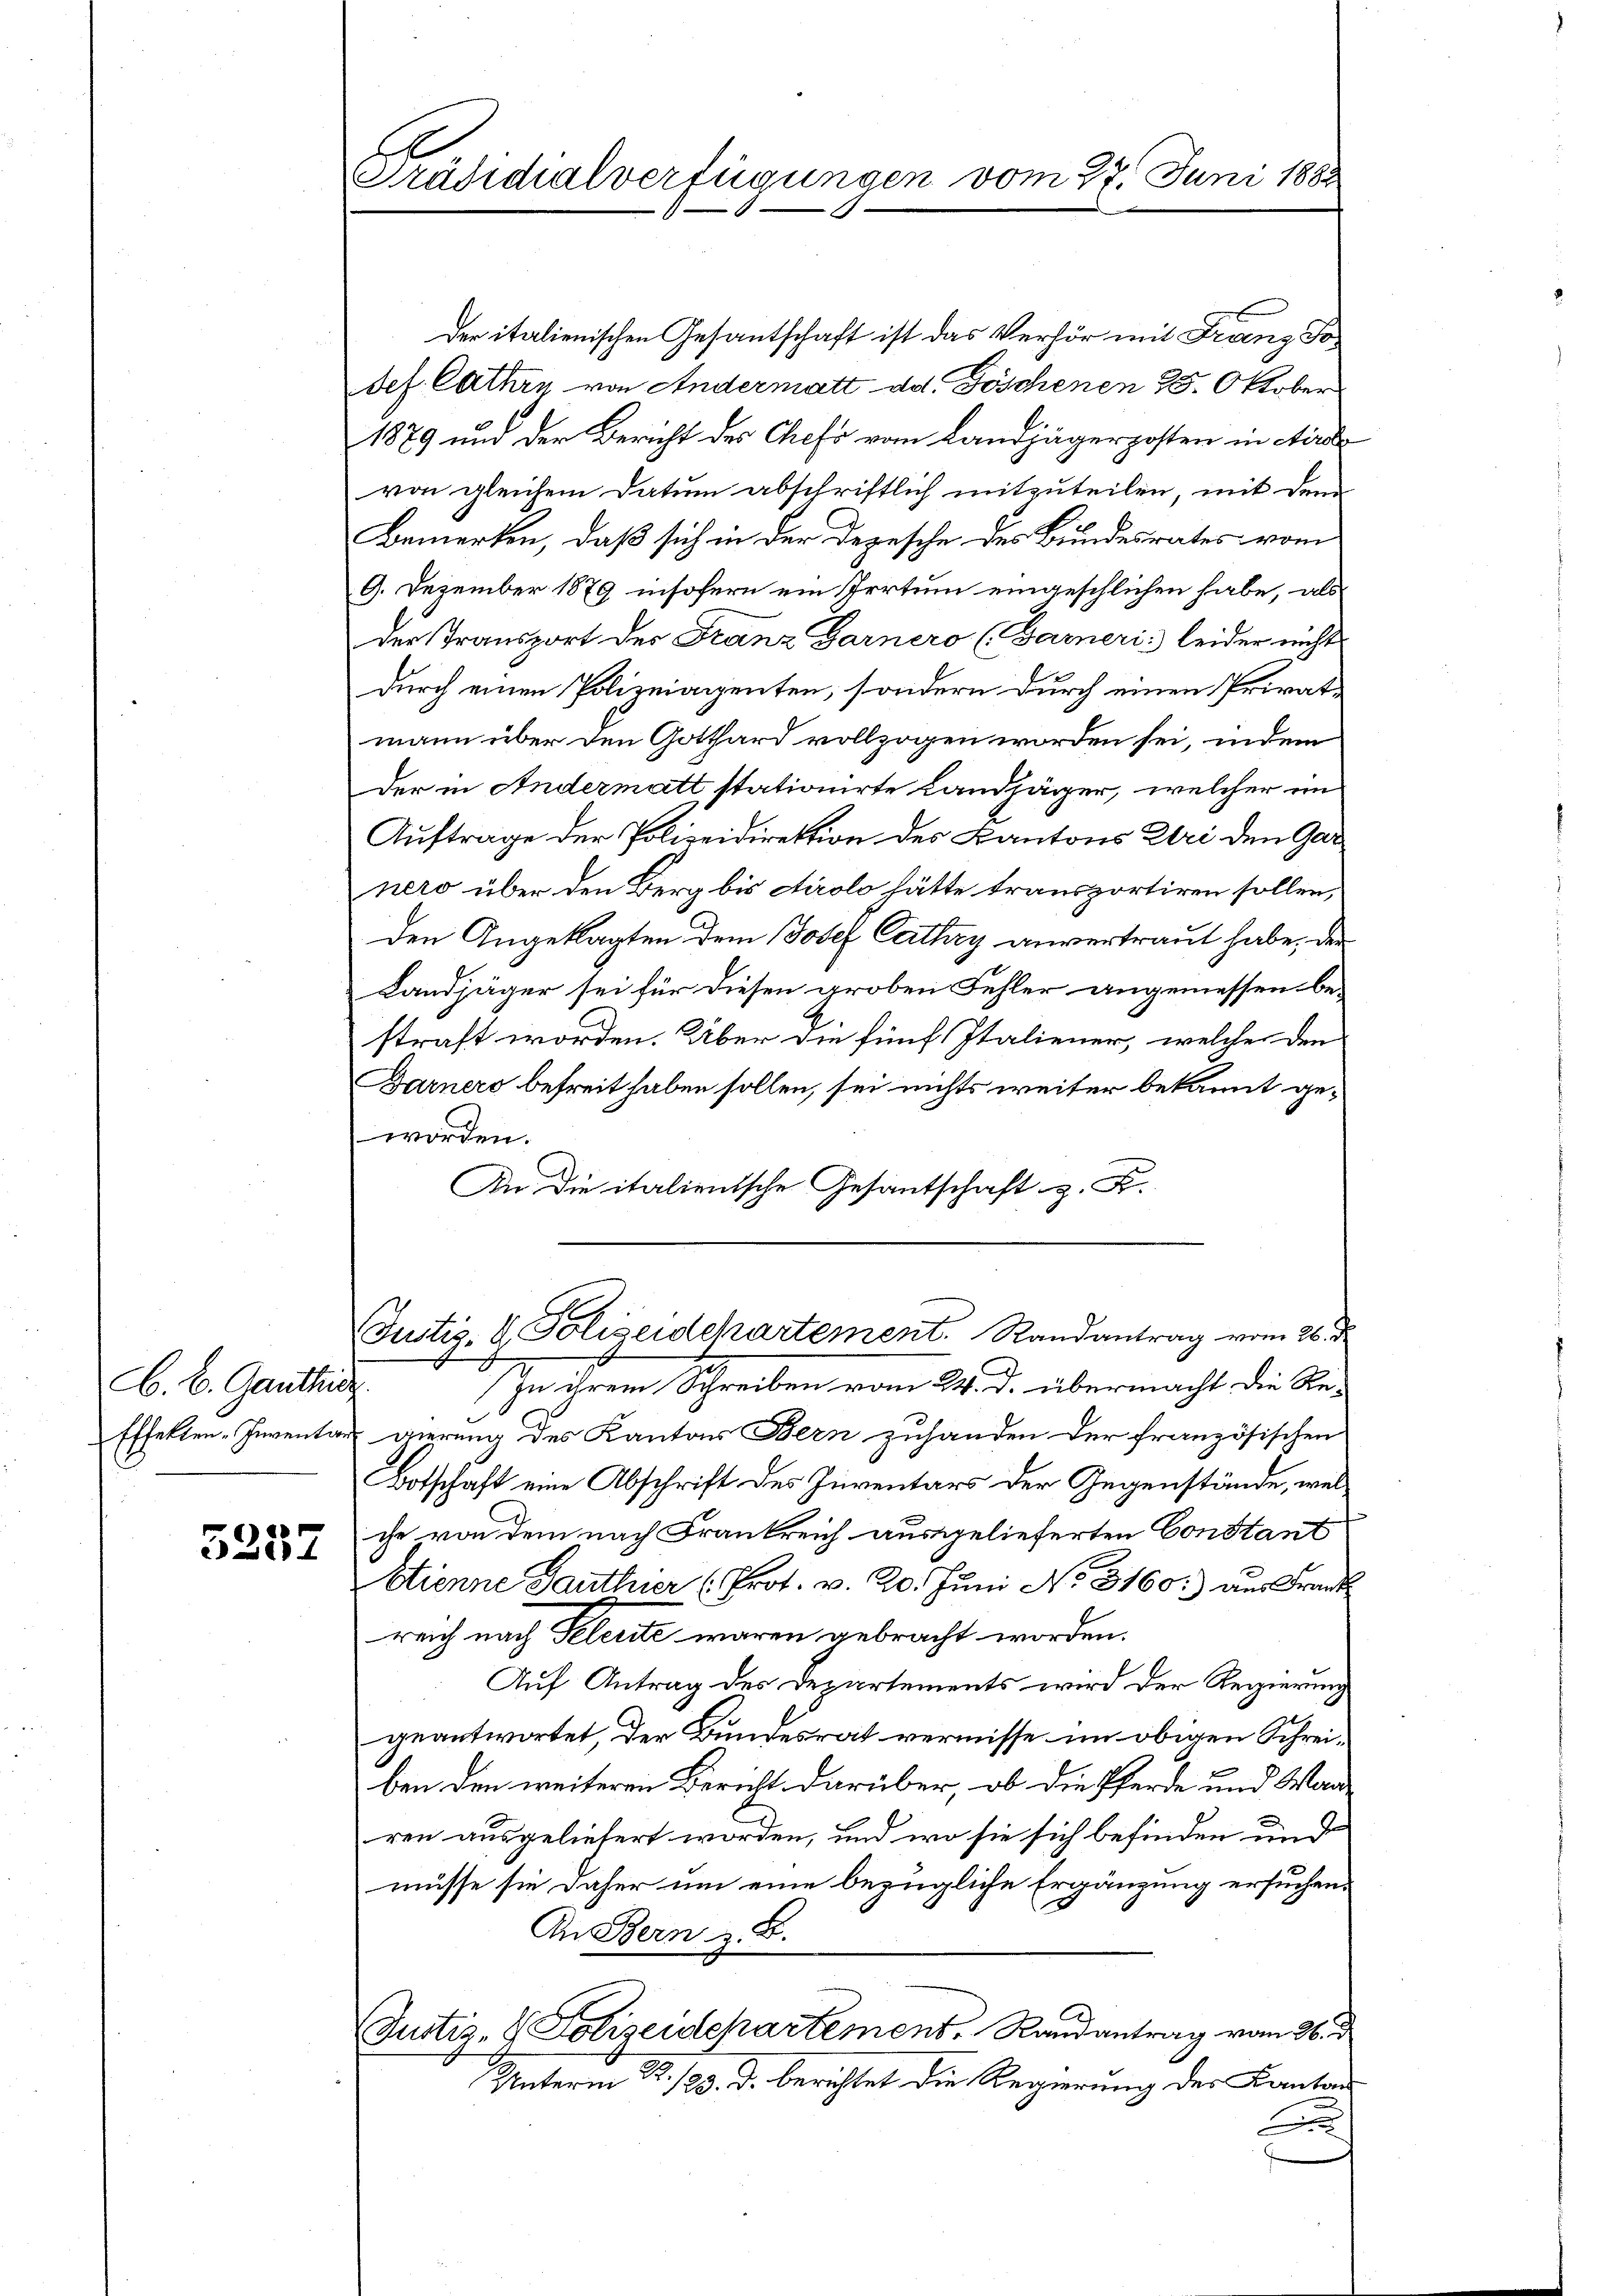
A. B. Ganthie

5257

der italienischen Gesantschaft ist das Verhör mit Franz Jodef Cathen von Andermatt ad. Göschenen 25. Oktober
1879 und der Bericht des Chefs vom Landjägerposten in Airol
von gleichem Datum abschriftlich mitzuteilen, mit dem
Bemerken, daß sich in der Depesche des Bundesrates vom
9. Dezember 1879 insofern ein Irrtum eingeschlichen habe, als
der Transport der Franz Garnero (Garneris leider nicht
durch einen Polizeiangenten, sondern durch einen Privatmann über den Gotthard vollzogen worden sei, indem
Der in Andermatt stationirte Landjäger, welcher in
Auftrage der Polizeidirektion des Kantons Uri den Gar
nero über den Berg bis Airolo hätte transportiren sollen,
den Angeklagten dem Josef Parthey anvertraut habe, der
Landjäger sei für diesen groben Fehler angemessen bestraft worden. Über die fünf Italiener, welche den
Darnero befreit haben sollen, sei nichts weiter bekannt geworden.
An die italientsche Gesantschaft z. K.

Präsidialverfügungen vom 27. Juni 1882

Justiz- & Polizeidchartement. Randantrag vom 26. de
In ihrem Schreiben vom 24. d. übermacht die Ste-

Effekten-Inventar vierung des Kantons Bern zuhanden der französischen
Botschaft eine Abschrift des Inventars der Gegenstände, welche von dem nach Frankreich ausgelieferten Constant
Etienne Santhier (Prot. v. 20. Juni No 3160:) aus Frank
reich nach Seleute waren gebracht worden.
Auf Antrag des Departements wird der Regierung
geantwortet, der Bundesrat vermisse im obigen Schreiben den weiteren Bericht darüber, ob die Pferde und Warren ausgeliefert worden, und wo sie sich befinden und
müsse sie daher um eine bezügliche Ergänzung ersuchen
An Bern z. B.
Justiz- & Polizeidepartement, Randantrag vom 26. d
Unterm 2. 120. d. berichtet die Regierung des Kantons